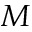
M